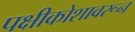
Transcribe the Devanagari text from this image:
पक्षीकोशावरून